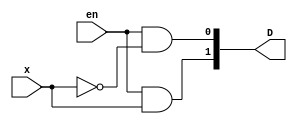
module decoder1_2(x, D, en);
	input x;
	input en;
	output [1:0] D;
	wire y;
	
	//when enable is on(1), the decoder behaves as normal. 
	//when enable is low, the output is 0
	//it is established though the use of an and gate
	not not0(y,x);
	and and0(D[0], en, y);
	and and1(D[1], en, x);
	
endmodule